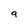
Character: a